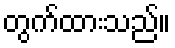
တွက်ထားသည်။